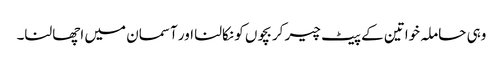
وہی حاملہ خواتین کے پیٹ چیر کر بچوں کو نکالنا اور آسمان میں اچھالنا۔